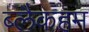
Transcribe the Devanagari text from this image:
ब्लैकहम